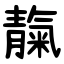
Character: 靝